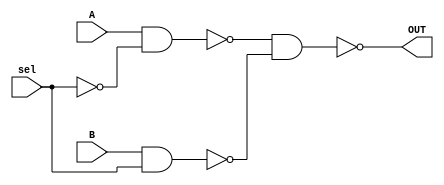
`timescale 1ns / 1ps
////////////////////////////////////////////////			 
//		A ------|\
//            | |
//				  | | -- OUT
//	           | |
//		B ------|/
//			      |
//		sel -----|	
////////////////////////////////////////////////
module mux2_1bit(A, B, sel, OUT);

	input A, B, sel;
	output OUT;
	wire c, d;

	not 	NOT1 	(sel_n, sel);
	nand 	NA1	(c, A, sel_n);
	nand 	NA2	(d, B, sel);
	nand 	NA3	(OUT, c, d);

endmodule